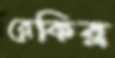
রেকির